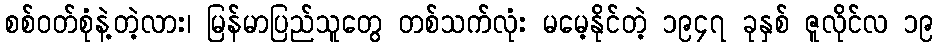
စစ်ဝတ်စုံနဲ့တဲ့လား၊ မြန်မာပြည်သူတွေ တစ်သက်လုံး မမေ့နိုင်တဲ့ ၁၉၄၇ ခုနှစ် ဇူလိုင်လ ၁၉